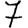
Digit: 7